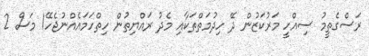
ރަސްގެތީމު ސިއްހީ މަރުކަޒުން ދޭ ހިދުމަތްތަކާއި މެދު ރައްޔިތުން ހިތްހަމައެއްނުޖެހޭ1 މަސް 2